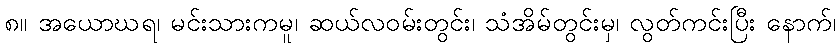
၈။ အယောဃရ၊ မင်းသားကမူ၊ ဆယ်လဝမ်းတွင်း၊ သံအိမ်တွင်းမှ၊ လွတ်ကင်းပြီး နောက်၊